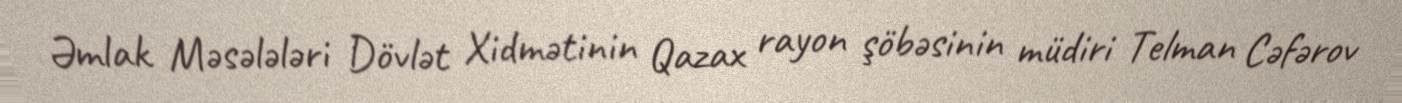
Əmlak Məsələləri Dövlət Xidmətinin Qazax rayon şöbəsinin müdiri Telman Cəfərov